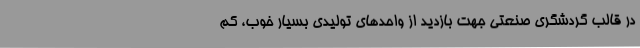
در قالب گردشگری صنعتی جهت بازدید از واحدهای تولیدی بسیار خوب، کم